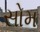
સોમ